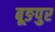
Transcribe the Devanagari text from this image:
बूङपुर